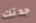
جدتك